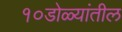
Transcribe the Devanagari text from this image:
१०डोळ्यांतील